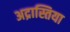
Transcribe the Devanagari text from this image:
अद्रास्तिया